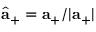
\hat { { \bf a } } _ { + } = { \bf a } _ { + } / | { \bf a } _ { + } |